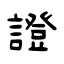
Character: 證